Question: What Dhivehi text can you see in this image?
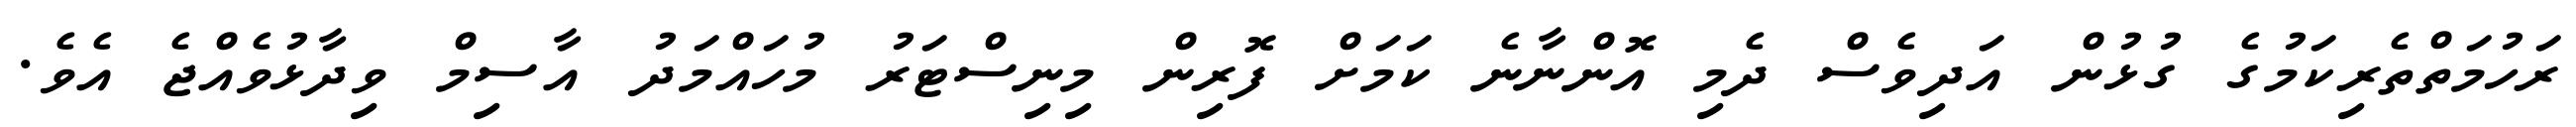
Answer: ރަހުމަތްތެރިކަމުގެ ގުޅުން އަދިވެސް ދެމި އޮންނާނެ ކަމަށް ފޮރިން މިނިސްޓަރު މުހައްމަދު އާސިމް ވިދާޅުވެއްޖެ އެވެ.